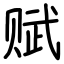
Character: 赋